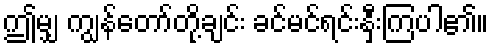
ဤမျှ ကျွန်တော်တို့ချင်း ခင်မင်ရင်းနှီးကြပါ၏။